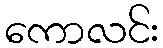
ကောလင်း